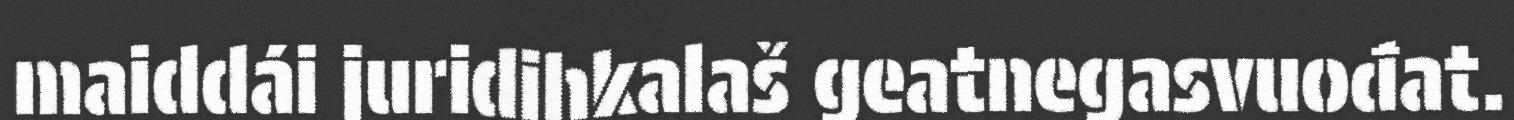
maiddái juridihkalaš geatnegasvuođat.